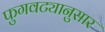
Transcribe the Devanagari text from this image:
फुगवट्यानुसार